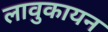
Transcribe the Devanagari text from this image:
लावुकायन